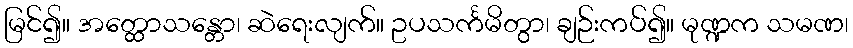
မြင်၍။ အတ္ထောသန္တော၊ ဆဲရေးလျက်။ ဥပသင်္ကမိတွာ၊ ချဉ်းကပ်၍။ မုဏ္ဍက သမဏ၊